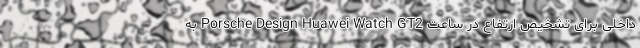
داخلی برای تشخیص ارتفاع در ساعت Porsche Design Huawei Watch GT2 به